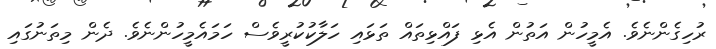
ރުހިގެންނެވެ. އެމީހުން އަތުން އެޅި ފައްޅިތައް ތަޅައި ހަލާކުކުރީވެސް ހަމައެމީހުންނެވެ. ދެން މިތަނުގައި